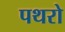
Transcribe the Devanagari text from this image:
पथरो